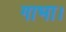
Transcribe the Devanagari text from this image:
गाभा।